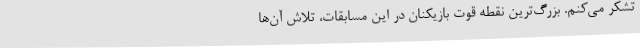
تشکر می‌کنم. بزرگ‌ترین نقطه قوت بازیکنان در این مسابقات، تلاش آن‌ها